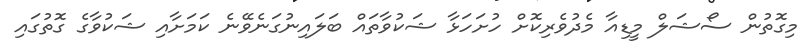
މިގޮތުން ސޯޝަލް މީޑިއާ މެދުވެރިކޮށް ހުށަހަޅާ ޝަކުވާތައް ބަލައިނުގަނެވޭނެ ކަމަށާއި ޝަކުވާގެ ގޮތުގައި